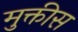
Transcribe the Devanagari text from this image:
मुक्तीस